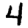
Digit: 4